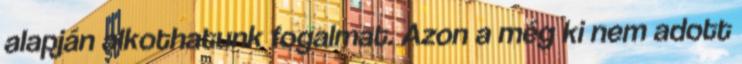
alapján alkothatunk fogalmat. Azon a még ki nem adott